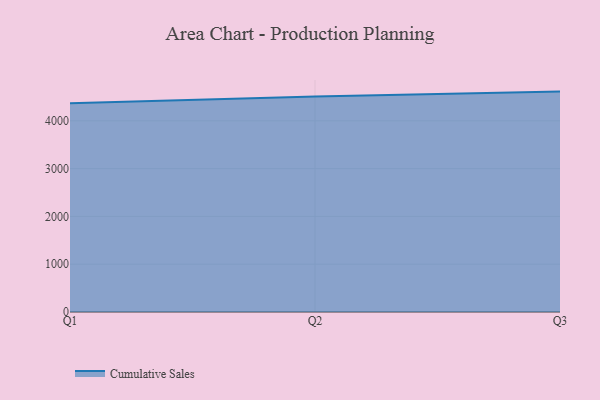
{"axis": {"x": "Quarter", "y": "Satisfaction Score"}, "legend": ["Cumulative Sales"], "data": [{"x": "Q1", "y": 4365.3, "type": "Cumulative Sales"}, {"x": "Q2", "y": 4506.0, "type": "Cumulative Sales"}, {"x": "Q3", "y": 4611.0, "type": "Cumulative Sales"}]}